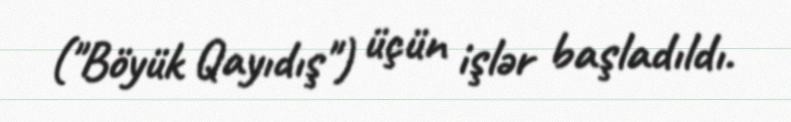
("Böyük Qayıdış") üçün işlər başladıldı.